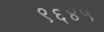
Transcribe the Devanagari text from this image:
९६४५